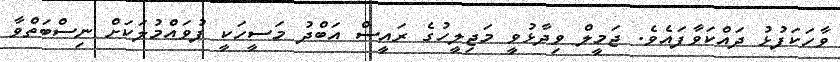
ވާހަކަފުޅު ދައްކަވާފައެވެ. ޖަމީލް ވިދާޅުވީ މަޖިލީހުގެ ރައީސް އަބްދު މަސީހަކީ ފުވައްމުލަކަށް ނިސްބަތްވާ